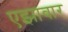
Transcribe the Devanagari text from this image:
एझावार